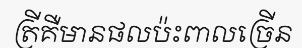
ត្រីគឺមានផលប៉ះពាលច្រើន